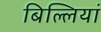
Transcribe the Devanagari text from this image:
बिल्‍लियां